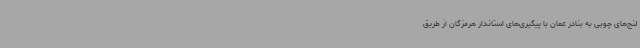
لنج‌های چوبی به بنادر عمان با پیگیری‌های استاندار هرمزگان از طریق